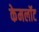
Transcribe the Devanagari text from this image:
केमलॉट